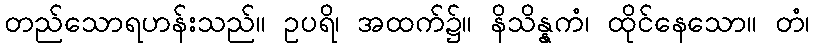
တည်သောရဟန်းသည်။ ဥပရိ၊ အထက်၌။ နိသိန္နကံ၊ ထိုင်နေသော။ တံ၊